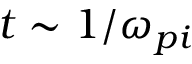
t \sim 1 / \omega _ { p i }